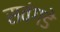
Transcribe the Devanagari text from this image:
सवंगडे